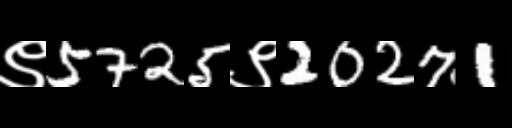
Text: ९5725९20271